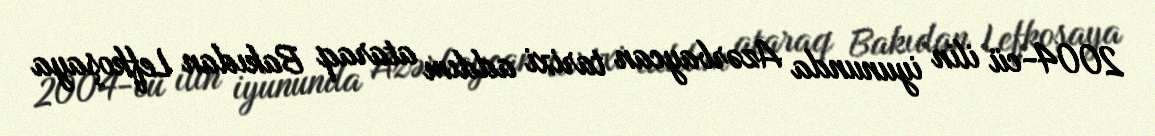
2004-cü ilin iyununda Azərbaycan tarixi addım ataraq Bakıdan Lefkoşaya